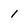
Character: 1